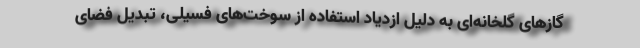
گازهای گلخانه‌ای به دلیل ازدیاد استفاده از سوخت‌های فسیلی، تبدیل فضای